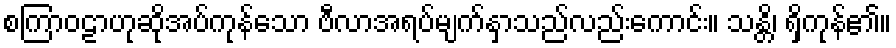
စကြာဝဠာဟုဆိုအပ်ကုန်သော ဗီလာအရပ်မျက်နှာသည်လည်းကောင်း။ သန္တိ၊ ရှိကုန်၏။